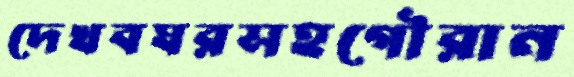
দেখবঘরসহগৌরান